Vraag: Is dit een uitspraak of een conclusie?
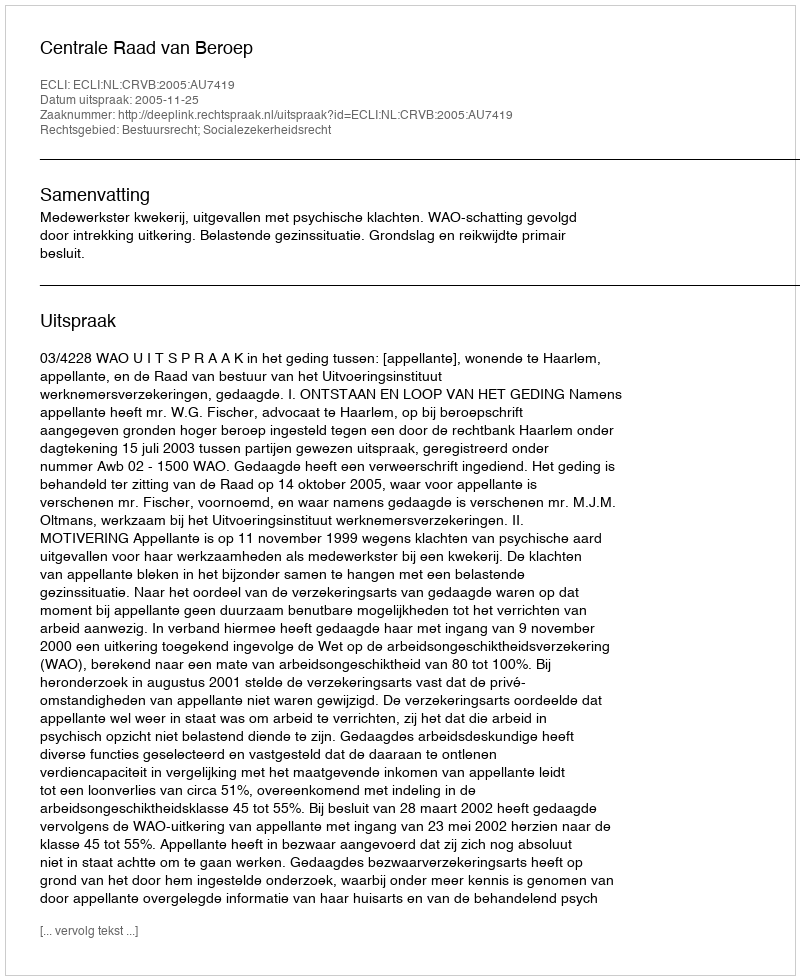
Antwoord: Uitspraak